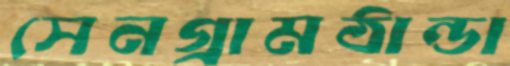
সেনগ্রামঠান্ডা